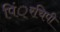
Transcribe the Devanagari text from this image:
पिं्रचिपी